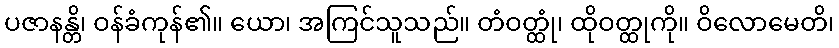
ပဇာနန္တိ၊ ဝန်ခံကုန်၏။ ယော၊ အကြင်သူသည်။ တံဝတ္ထုံ၊ ထိုဝတ္ထုကို။ ဝိလောမေတိ၊